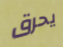
يحرق